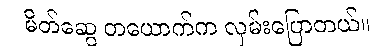
မိတ်ဆွေ တယောက်က လှမ်းပြောတယ်။